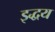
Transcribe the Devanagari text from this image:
इद्धय